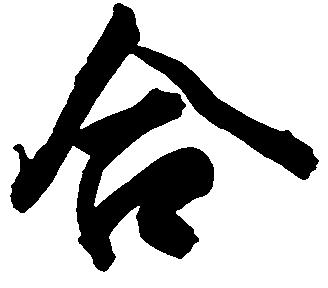
合